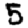
Digit: 5